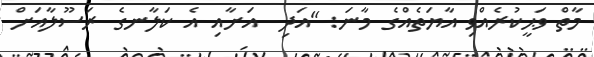
މާތް ވަޙީކުރެއްވި އާޔަތެއްގެ މާނަ: "އަދި  އަށާއި އެ ކަލާނގެ ރަސޫލާއަށް